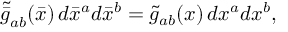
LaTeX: \tilde { \bar { g } } _ { a b } ( \bar { x } ) \, d \bar { x } ^ { a } d \bar { x } ^ { b } = \tilde { g } _ { a b } ( x ) \, d x ^ { a } d x ^ { b } ,